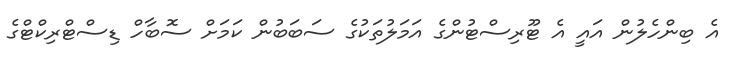
އެ ބިންހެލުން އައީ އެ ޓޫރިސްޓުންގެ އަމަލުތަކުގެ ސަބަބުން ކަމަށް ސޮބާހް ޑިސްޓްރިކްޓްގެ